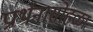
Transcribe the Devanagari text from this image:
प्रार्थनासोहळा